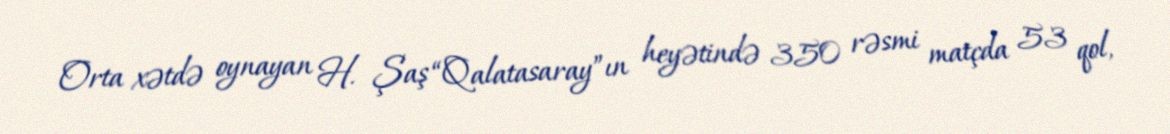
Orta xətdə oynayan H. Şaş “Qalatasaray”ın heyətində 350 rəsmi matçda 53 qol,